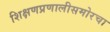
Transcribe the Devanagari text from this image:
शिक्षणप्रणालीसमोरचा